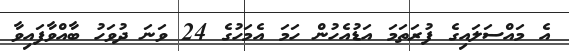
އެ މައްސަލައިގެ ފުރަތަމަ އަޑުއެހުން ހަމަ އެމަހުގެ 24 ވަނަ ދުވަހު ބާއްވާފައިވާ